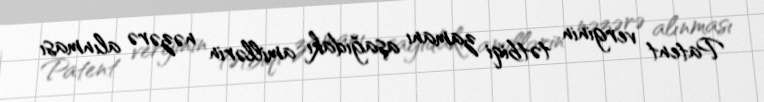
Patent verginin tətbiqi zamanı aşağıdakı amillərin nəzərə alınması